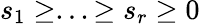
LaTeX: s_{1}\geq...\geq s_{r}\geq 0